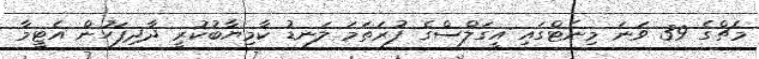
މެޗްގެ 39 ވަނަ މިނެޓްގައި އީގަލްސްގެ ފުރަތަމަ ލަނޑު ކާމިޔާބުކުރީ ދާދިފަހުން އެޓީމާ